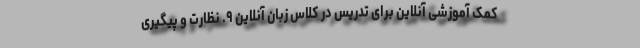
کمک آموزشی آنلاین برای تدریس در کلاس زبان آنلاین ۹. نظارت و پیگیری